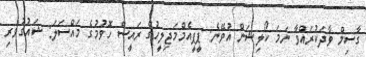
ގާސިމް ވާދަކުރައްވާ ނަމަ ކޯލިޝަން އުވޭނެ: ޕީޕީއެމްމަޖިލީހުގެ ރައީސް ހޮވުމުގެ މައްސަލަ: ޝައުގުވެރި